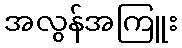
အလွန်အကြူး